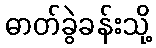
ဓာတ်ခွဲခန်းသို့